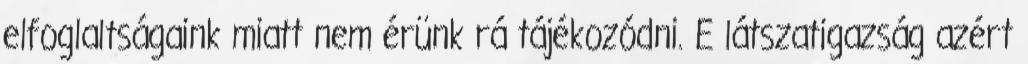
elfoglaltságaink miatt nem érünk rá tájékozódni. E látszatigazság azért